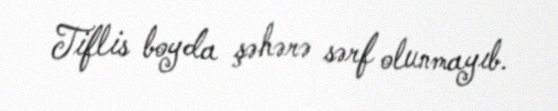
Tiflis boyda şəhərə sərf olunmayıb.